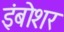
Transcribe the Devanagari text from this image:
इंबोशर